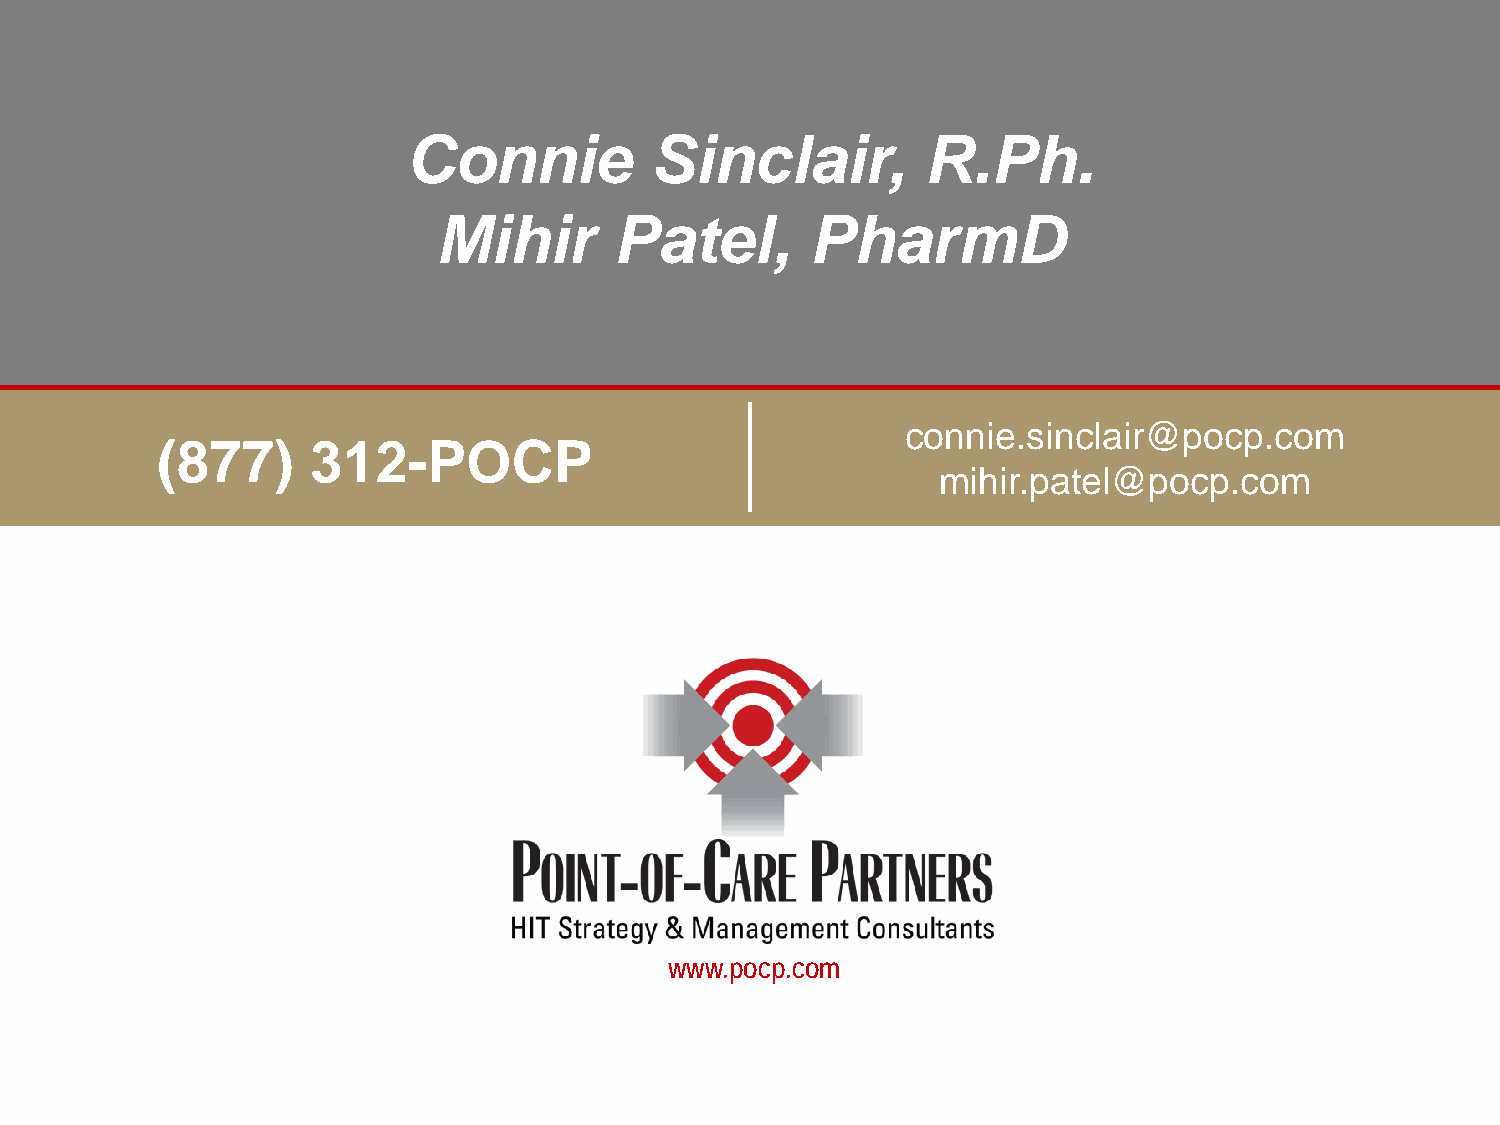
Connie          Sinclair,         R.Ph.
 Mihir       Patel,       PharmD
 connie.sinclair@pocp.com
 (877)      312-POCP
 mihir.patel@pocp.com
 www.pocp.com